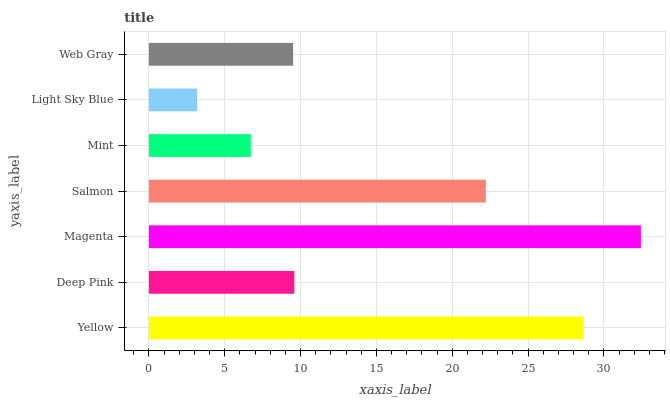
| yaxis_label | bars |
 | --- | --- |
 | Yellow | 28.6 |
 | Deep Pink | 9.59 |
 | Magenta | 32.4 |
 | Salmon | 22.2 |
 | Mint | 6.72 |
 | Light Sky Blue | 3.18 |
 | Web Gray | 9.51 |